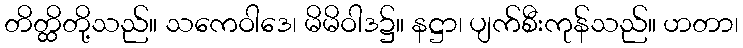
တိတ္ထိတို့သည်။ သကေဝါဒေ၊ မိမိဝါဒ၌။ နဋ္ဌာ၊ ပျက်စီးကုန်သည်။ ဟတာ၊